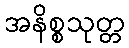
အနိစ္စသုတ္တ